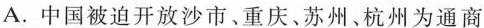
A.中国被迫开放沙市、重庆、苏州、杭州为通商